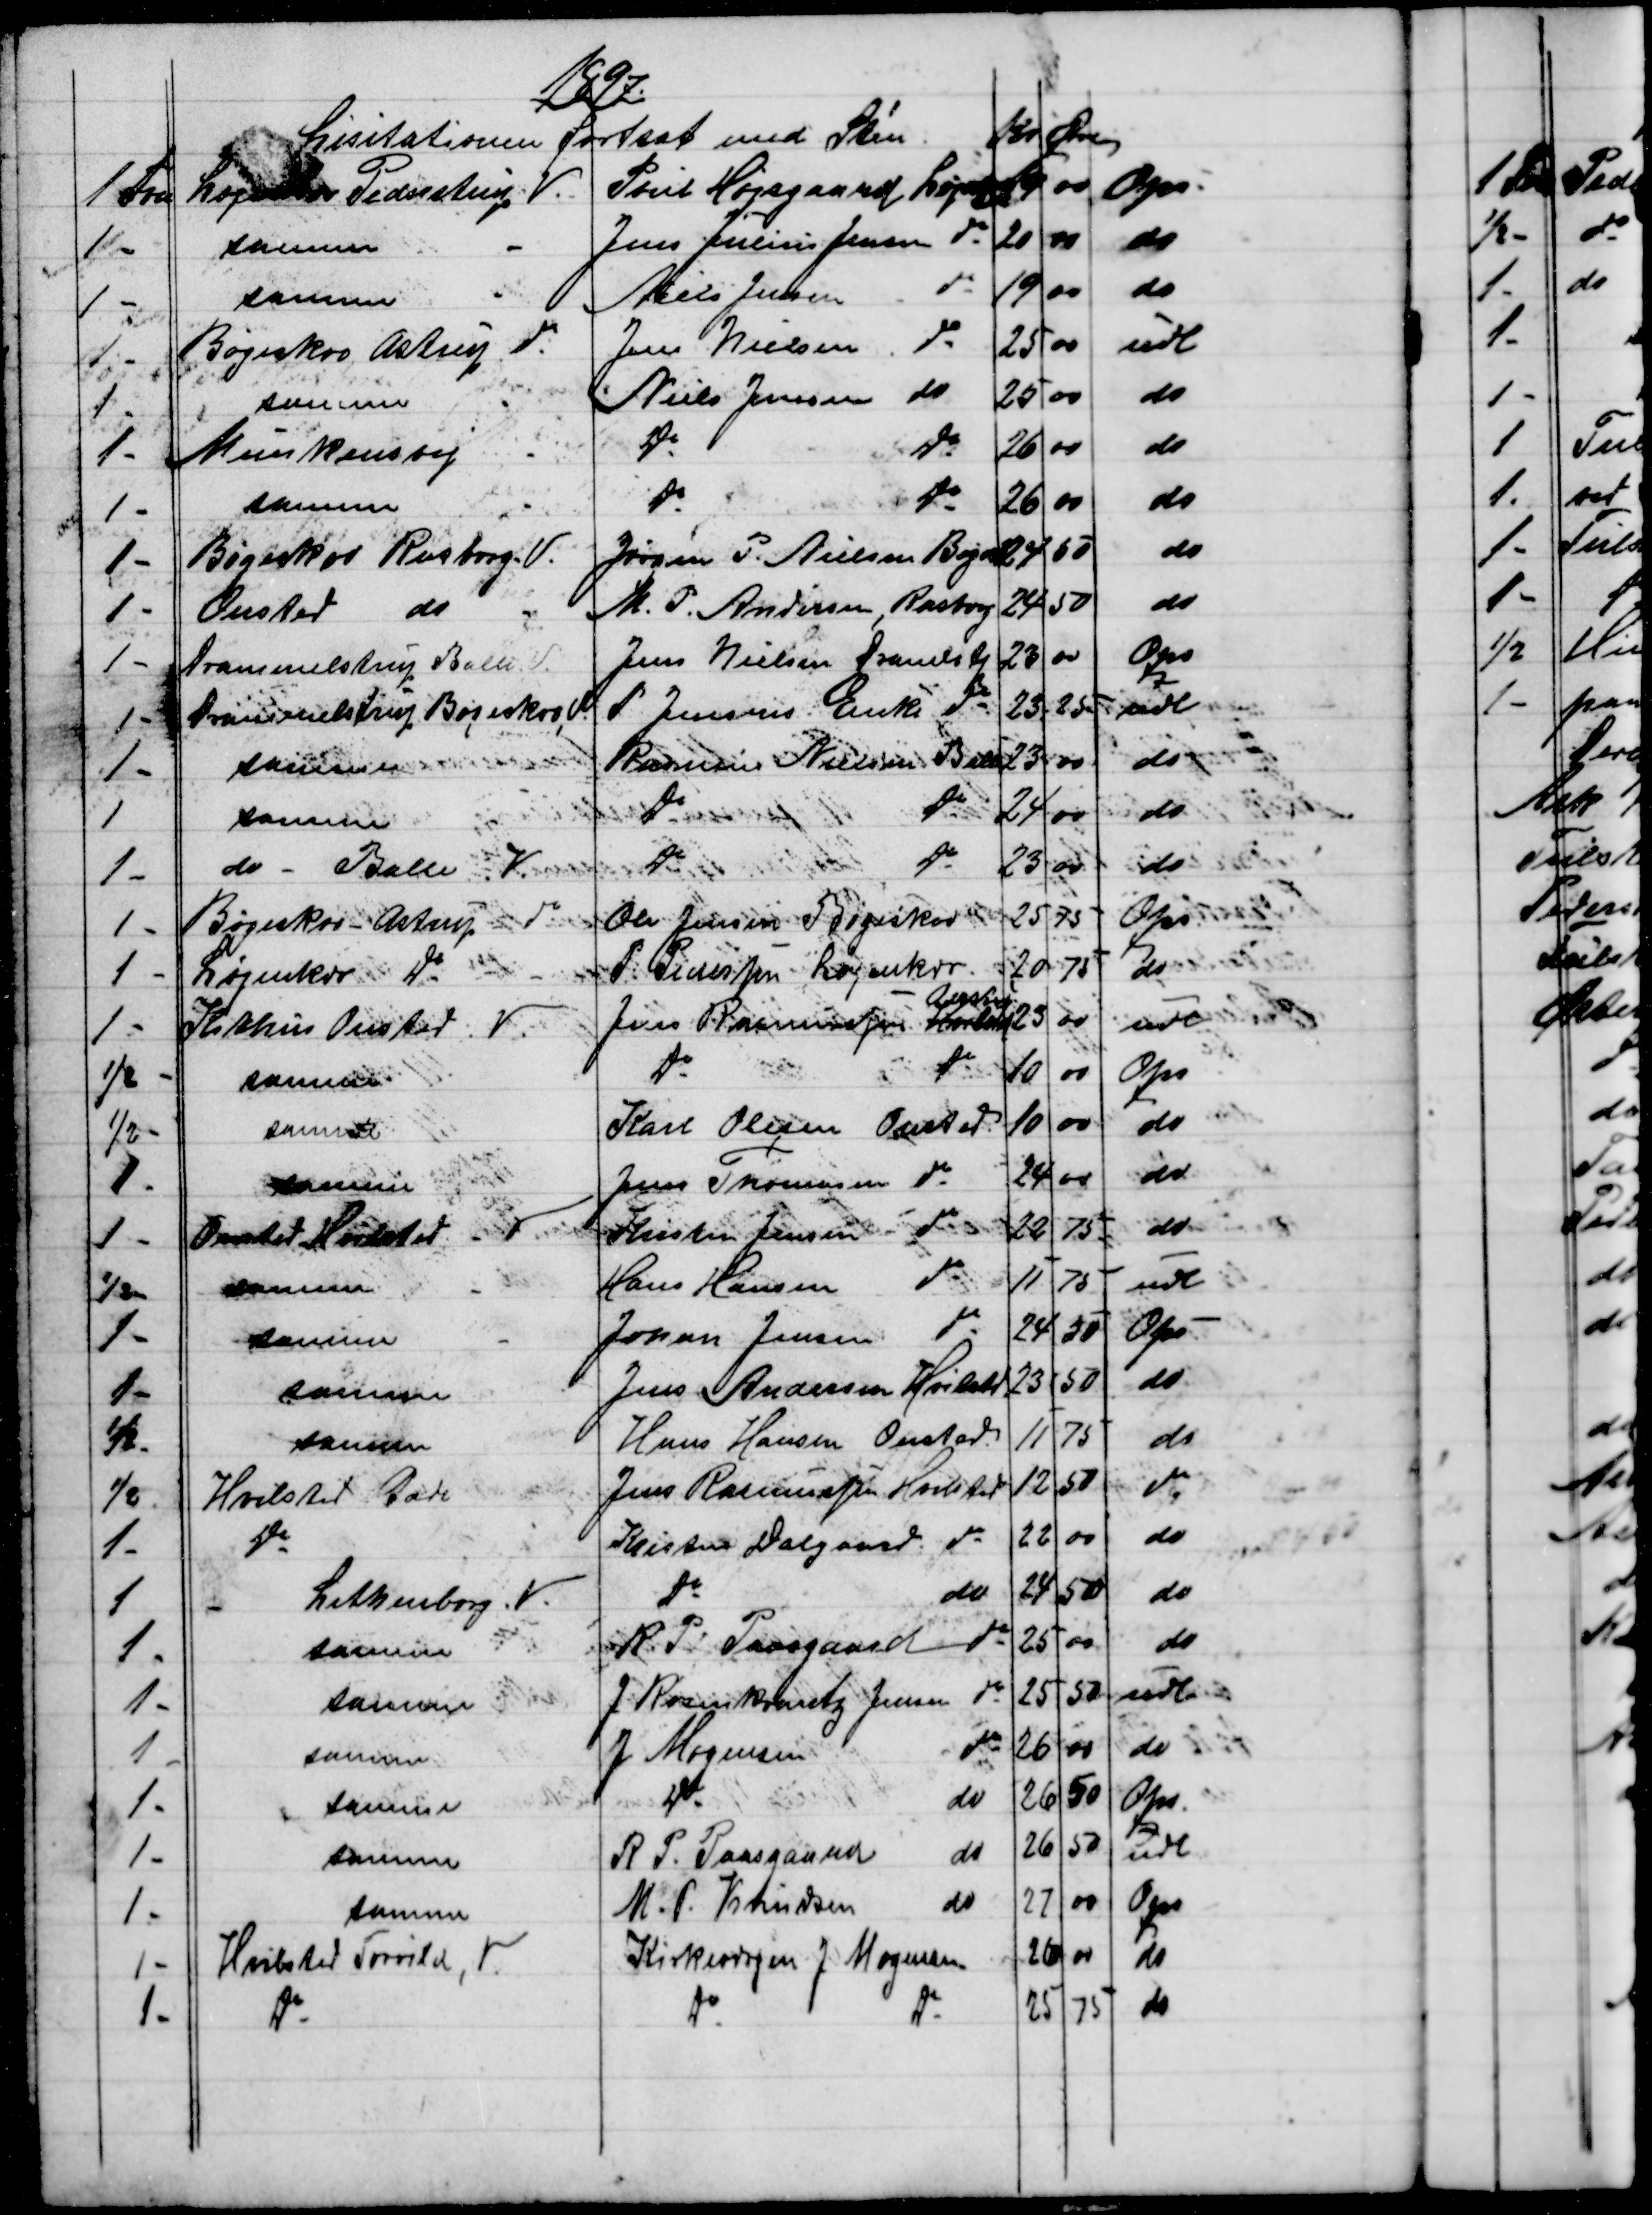
Transskription:
1897
Lisitationen fortsat med Sten
Kr 
Øre
1 Fvn
Løjenkær Pederstrup V.
Poul Højsgaard Løjenkj
19 
00
Opr.
1 -
samme
Jens Julius Jensen do
20
00
do
1 -
samme
Niels Jensen 
do
19 
00
do
1 -
Bøgeskov Astrup do
Jens Nielsen
do
25 00
udl
1 -
samme
Niels Jensen
do
25 
00
do
1 -
Munkensvej
do
do
26
00
do
1 -
samme
do
do
26
00
do
1 -
Bøgeskov Rasborg. V.
Jørgen P. Nielsen Bøgesk
24
50
do
1 -
Onsted do
M. P. Andersen, Rasborg
24
50
do
1 -
Drammelstrup Balle. V.
Jens Nielsen Dramlstrp
23
00
Ops
1 -
Drammelstrup Bøgeskov V
P. Jensens Enke do
23
25
udl
1 -
samme
Rasmus Nielsen Balle
23 
00
do
1
samme
do
do
24
00
do
1 -
do - Balle V.
do
do
23
00
do
1 -
Bøgeskov - Astrup
do
Ole Jensen  Bøgeskov
25
75
Ops
1 -
Løjenkær do
P. Pedersen Løjenkær
20
75
do
1 -
Kithus Onsted V.
Jens Rasmussen  Hvilsted 
Astrup
23
00
udl
½ -
samme
do
do
10
00
Ops
½ -
samme
Karl Olesen Onsted
10
00
do
1 -
samme
Jens Thomasen do
24
00
do
1 -
Onsted Hvilsted V
Kristen Jensen  do
22
75
do
½ -
samme
Hans Hansen
do
11
75
udl
1 -
samme
Johan Jensen
do
24
50
Ops
1 -
samme
Jens Andersen Hvilsted
23
50
do
½ -
samme
Hans Hansen Onsted
11
75
do
½
Hvilsted Gade
Jens Rasmussen, Hvilsted
12
50
do
1 -
do
Kristen Dalgaard do
22
00
do
1 
Lethenborg. V.
do
do
24
50
do
1 -
samme
R. P. Paasgaard
do
25
00
do
1 -
samme
J. Rosenkrantz Jensen
do
25
50
udl
1 -
samme
J. Mogensen
do
26
00
do
1 -
samme
do
do
26
50
Ops
1 -
samme
R P. Paasgaard
do
26
50
udl
1 -
samme
M. P. Knudsen
do
27
00
Ops
1 -
Hvilsted Torrild, V.
Kirkeværgen J. Mogensen
26
00
do
1 -
do
do
do
25
75
do